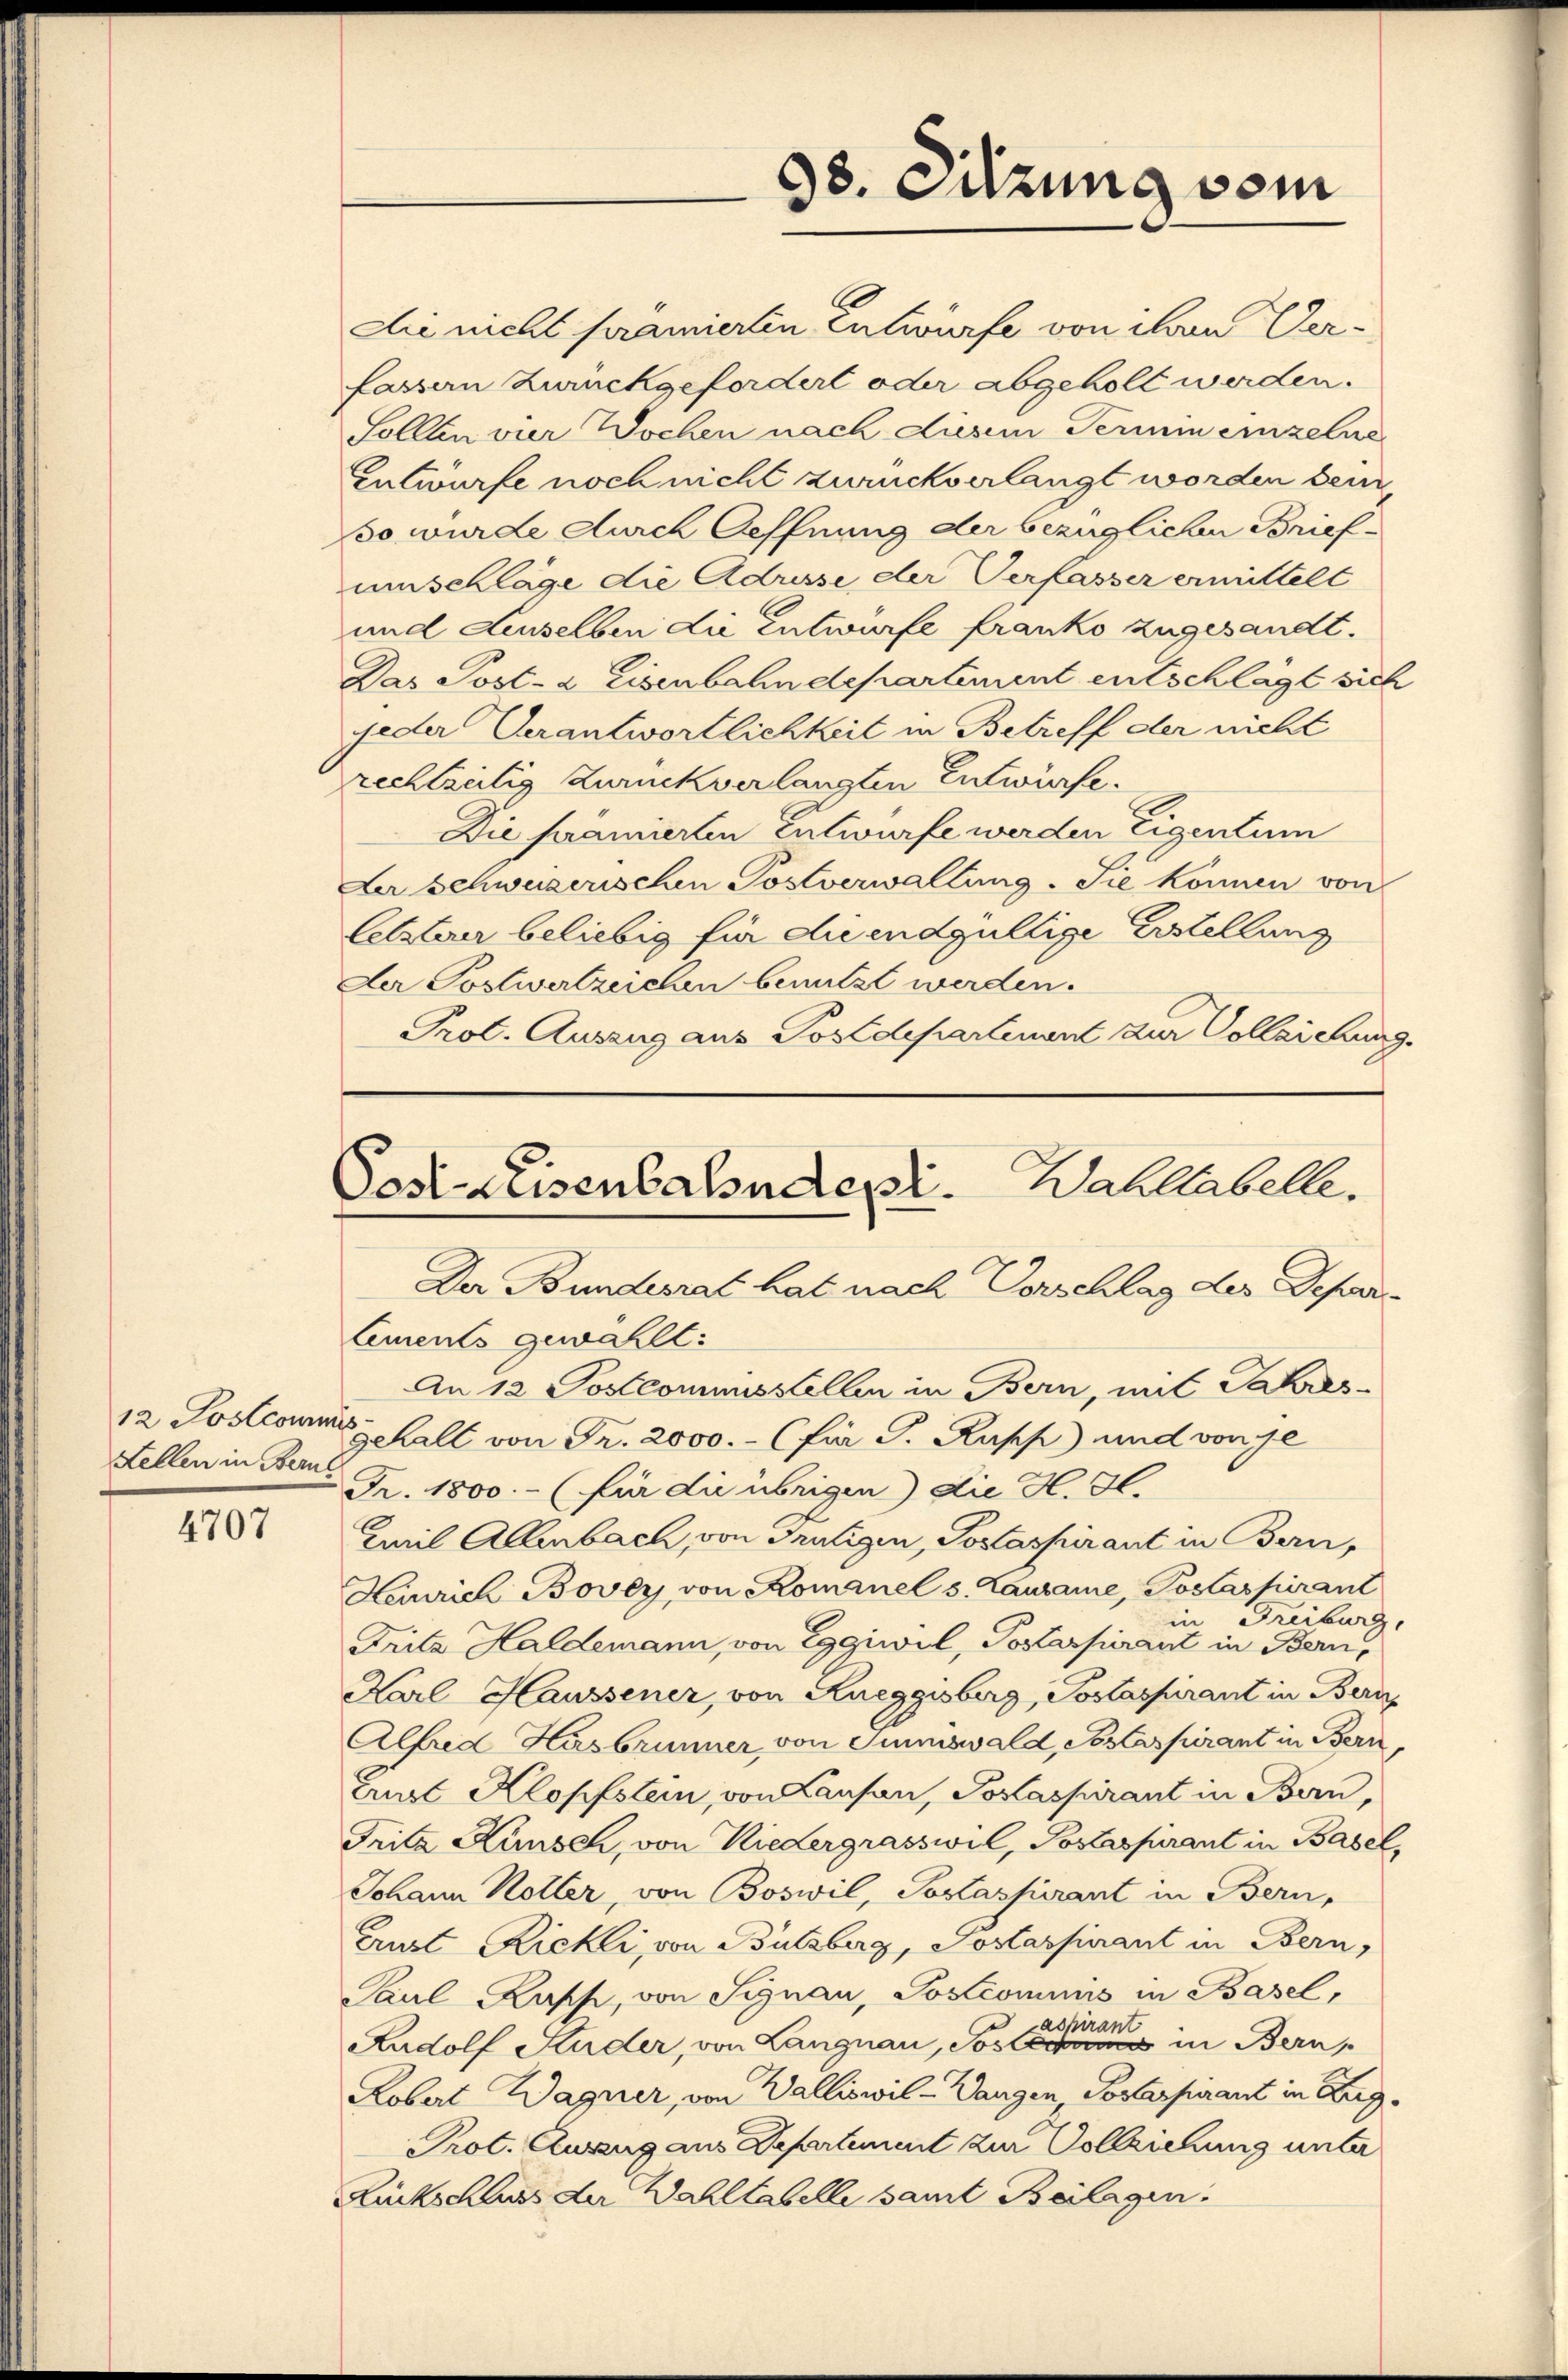
Fellen in Berne

4707

Die nicht prämierten Entwurfe von ihren Verfassen Zurückgefordert oder abgeholt werden.
Sollten vier Dochen nach diesem Termin einzelne
Entwurfe noch nicht zweckverlangt worden bein
So wurde durch Oeffnung der bezüglichen Briefumschläge die Adresse der Verfasser ermittelt
und Lenselben die Entwurfe franko zugesandt.
Das Post- & Eisenbahndepartement entschlägt sich
jeder Verantwortlichkeit in Betreff der nicht
rechtzeitig zurückverlangten Entwürfe.
A.
Die pramierten Entwurfe werden Eigentum
Der schweizerischen Postverwaltung. Sie können von
letzterer beliebig für die endgültige Erstellung
Der Postwertzeichen benutzt werden.
Prot. Auszug aus Postdepartement zur Vollziehung.

98. Sitzung vom

Cosi-Keisenbahndepr. Wahllabelle.

Der Bundesrat hat nach Vorschlag der Deparlements gewählt:
An 12 Postcommisstellen in Bern, mit Jahres-
12 Sostranschall von Fr. 2000.- (für J. Rupp und von je
Fr. 1800.- (für die übrigen) die H. H.
Emil Allenbach, von Frutigen, Postaspirant in Bern,
Heinrich Bover von Romanel s. Lausanne, Poslaspirant
in Freiburg,
Fritz Haldemann, von Eggiwil, Postaspirant in Bern,
Karl Haussener, von Kneggisberg, Postaspirant in Bern
Alfred Hasbrunner von Juniswald, Pestaspirant in Bern,
Tust Klopfstein, von Lausan, Poslaspirant in Bern,
Fritz Künsch, von Niedergrasswil, Postaspirant in Basel,
Johann Koller, von Boswil, Soslassurant in Bern,
Aut Richli, von Bützberg, Soslaspirant in Bern,
Paul Kuss, von Signau, Postcomuns in Basel,
aspirant
Rudolf Kuder, von Langnau, Sosis in Bern,
Kobert Wagner, von Walliswil - Wangen, Postaspirant in Berg¬
Prot. Auszug aus Departement zur Vollziehung unter
Rückschaus der Wahltabelle samt Beilagen.